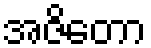
အဇိတော